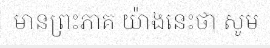
មានព្រះភាគ យ៉ាងនេះថា សូម